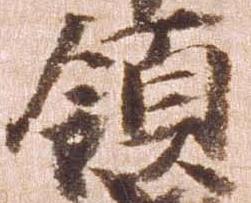
領